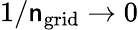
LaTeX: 1/\mathsf{n}_{\mathrm{{grid}}}\to0